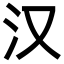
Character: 汉